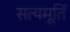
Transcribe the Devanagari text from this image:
सत्यमूर्ति